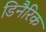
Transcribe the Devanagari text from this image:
डिनैरिक